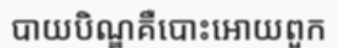
បាយបិណ្ឌគឺបោះអោយពួក